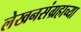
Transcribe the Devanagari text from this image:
लेखनसंग्रहाच्या